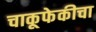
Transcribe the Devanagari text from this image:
चाकूफेकीचा